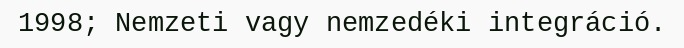
1998; Nemzeti vagy nemzedéki integráció.